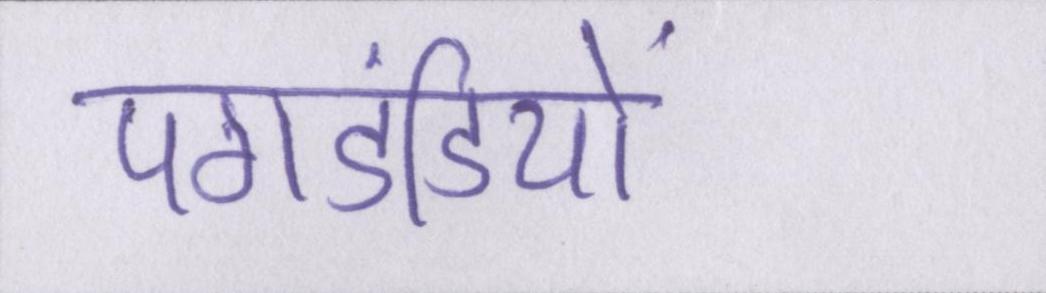
पगडंडियों